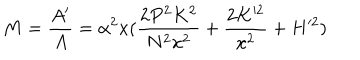
M = { \frac { A ^ { \prime } } { A } } = \alpha ^ { 2 } x ( { \frac { 2 P ^ { 2 } K ^ { 2 } } { N ^ { 2 } x ^ { 2 } } } + { \frac { 2 K ^ { 2 } } { x ^ { 2 } } } + H ^ { 2 } )